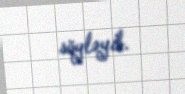
söyləyib.